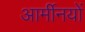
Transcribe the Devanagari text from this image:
आर्मीनयों